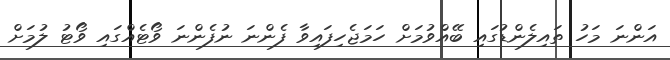
އަންނަ މަހު ތައިލެންޑުގައި ބޭއްވުމަށް ހަމަޖެހިފައިވާ ފެންނަ ނުފެންނަ ވޯޓެއްގައި ވޯޓު ލުމަށް